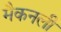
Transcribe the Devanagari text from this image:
मैकनली